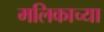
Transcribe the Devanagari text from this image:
मलिकाच्या